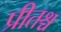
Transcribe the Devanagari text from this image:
प्रीतश्च